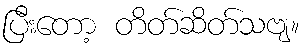
ပြီးတော့ တိတ်ဆိတ်သဗျ။